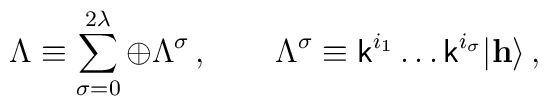
\Lambda\equiv \sum_{\sigma=0}^{2\lambda} \oplus\Lambda^\sigma\,,\qquad\Lambda^\sigma\equiv{\sf k}^{i_1}\ldots {\sf k}^{i_\sigma}|{\bf h}\rangle\,,